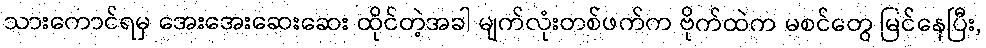
သားကောင်ရမှ အေးအေးဆေးဆေး ထိုင်တဲ့အခါ မျက်လုံးတစ်ဖက်က ဗိုက်ထဲက မစင်တွေ မြင်နေပြီး,